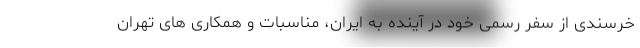
خرسندی از سفر رسمی خود در آینده به ایران، مناسبات و همکاری های تهران